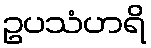
ဥပသံဟရိ